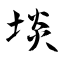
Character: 埮